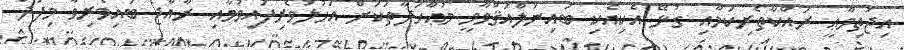
އިޖުތިމާޢީ ރައްކާތެރިކަމާއި ގުޅޭ އެކިއެކި ބައިނަލްއަޤްވާމީ މުޢާހަދާތަކަށް އަހުލުވެރިފައިވުމާއި ރާއްޖެ ބައިވެރިވާ މިފަދަ